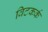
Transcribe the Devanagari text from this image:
विटकर्क